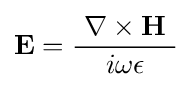
\mathbf {E} ={\frac {\ \nabla \times \mathbf {H} \ }{i\omega \epsilon }}